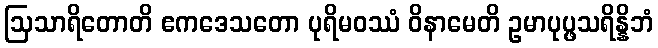
ဩသာရိတောတိ ဧကဒေသတော ပုရိမဝဿံ ဝိနာမေတိ ဥမာပုပ္ဖသရိန္နိဘံ